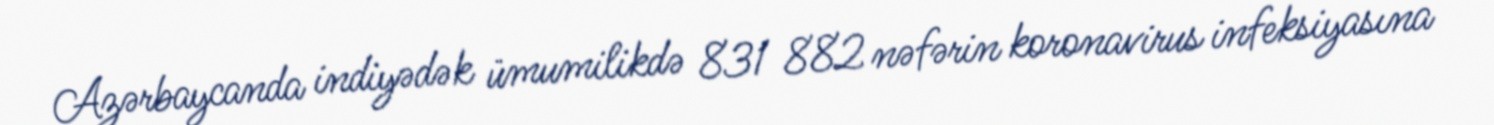
Azərbaycanda indiyədək ümumilikdə 831 882 nəfərin koronavirus infeksiyasına